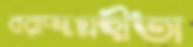
বরাদ্দগ্রহীতা